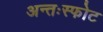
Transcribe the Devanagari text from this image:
अन्तःस्फोट